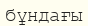
бұндағы